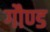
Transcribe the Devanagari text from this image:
गौण्ड